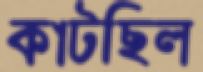
কাটছিল